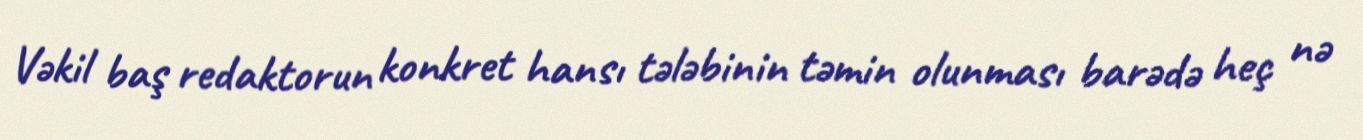
Vəkil baş redaktorun konkret hansı tələbinin təmin olunması barədə heç nə